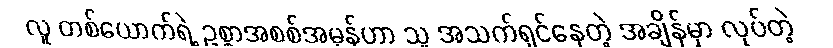
လူ တစ်ယောက်ရဲ့ ဥစ္စာအစစ်အမှန်ဟာ သူ အသက်ရှင်နေတဲ့ အချိန်မှာ လုပ်တဲ့